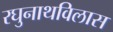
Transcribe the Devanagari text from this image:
रघुनाथविलास